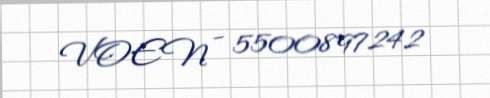
VOEN - 5500897242